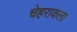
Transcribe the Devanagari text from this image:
चेहराकला